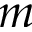
m